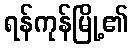
ရန်ကုန်မြို့၏